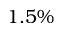
1 . 5 \%